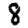
Digit: 8